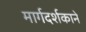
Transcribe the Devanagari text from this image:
मार्गदर्शकाने